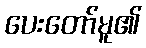
ပေးတော်မူ၏